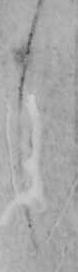
し